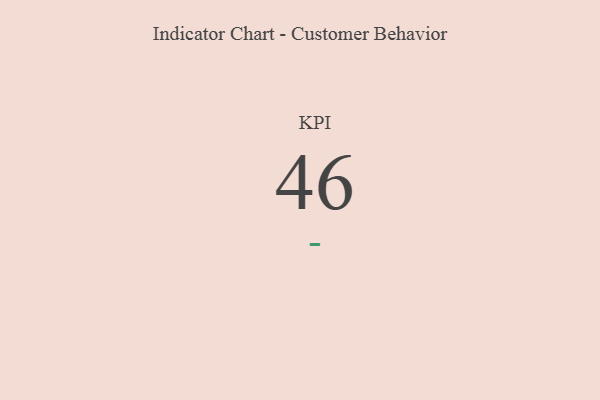
{"axis": {"x": "KPI", "y": "Value"}, "legend": [""], "data": [{"x": "KPI", "y": 46, "type": ""}]}